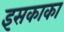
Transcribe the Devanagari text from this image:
इसकाका